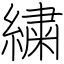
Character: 繍